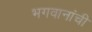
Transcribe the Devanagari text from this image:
भगवानांची